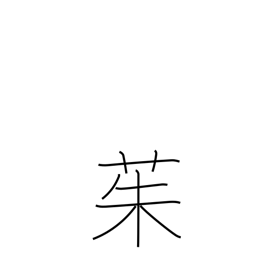
Meaning: river ginger tree